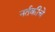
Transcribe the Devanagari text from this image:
नर्तकीचे